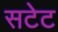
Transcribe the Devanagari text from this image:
सटेट